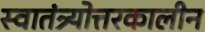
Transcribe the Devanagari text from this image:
स्वातंत्र्योत्तरकालीन